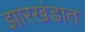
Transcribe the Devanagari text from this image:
झारखंडात